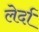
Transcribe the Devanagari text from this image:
लेर्दा